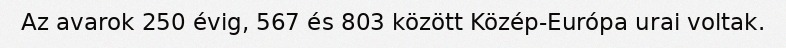
Az avarok 250 évig, 567 és 803 között Közép-Európa urai voltak.